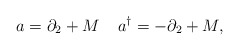
\begin{align*}a = \partial_2 + M \;\;\;\; a^{\dagger} = -\partial_2 + M,\end{align*}